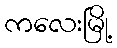
ကလေးမြို့